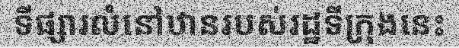
ទីផ្សារលំនៅឋានរបស់រដ្ឋទីក្រុងនេះ